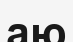
аю